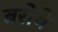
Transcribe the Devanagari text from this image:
बरोये